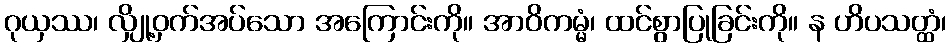
ဂုယှဿ၊ လျှို့ဝှက်အပ်သော အကြောင်းကို။ အာဝိကမ္မံ၊ ထင်စွာပြုခြင်းကို။ န ဟိပသတ္ထံ၊